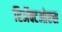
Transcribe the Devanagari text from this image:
रिॲक्टओएस